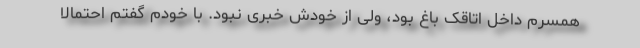
همسرم داخل اتاقک باغ بود، ولی از خودش خبری نبود. با خودم گفتم احتمالاً